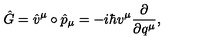
\hat { G } = \hat { v } ^ { \mu } \circ \hat { p } _ { \mu } = - i \hbar v ^ { \mu } \frac { \partial } { \partial q ^ { \mu } } ,